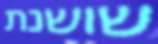
שושנת